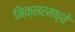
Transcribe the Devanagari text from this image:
मिक्‍सरमध्ये